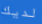
لديك